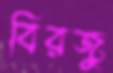
বিরজু